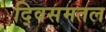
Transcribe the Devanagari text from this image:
द्विसमतल